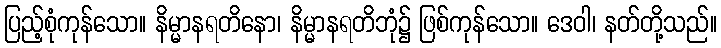
ပြည့်စုံကုန်သော။ နိမ္မာနရတိနော၊ နိမ္မာနရတိဘုံ၌ ဖြစ်ကုန်သော။ ဒေဝါ၊ နတ်တို့သည်။